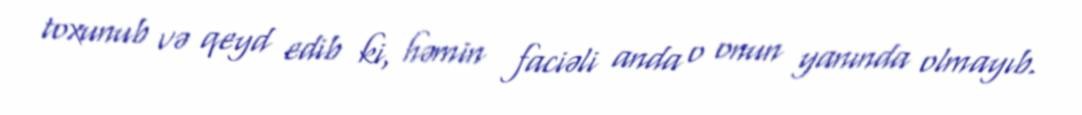
toxunub və qeyd edib ki, həmin faciəli anda o onun yanında olmayıb.